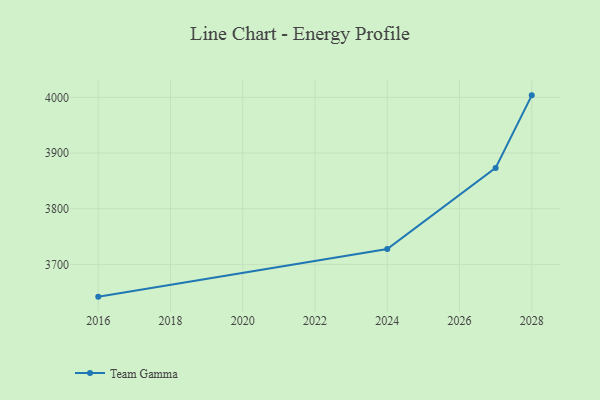
{"axis": {"x": "Year", "y": "Energy Usage (MWh)"}, "legend": ["Team Gamma"], "data": [{"x": "2016", "y": 3642.0, "type": "Team Gamma"}, {"x": "2024", "y": 3727.4, "type": "Team Gamma"}, {"x": "2027", "y": 3873.3, "type": "Team Gamma"}, {"x": "2028", "y": 4003.6, "type": "Team Gamma"}]}